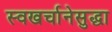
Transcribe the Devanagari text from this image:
स्वखर्चानेसुद्धा